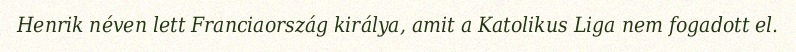
Henrik néven lett Franciaország királya, amit a Katolikus Liga nem fogadott el.